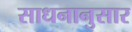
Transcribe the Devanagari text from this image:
साधनानुसार